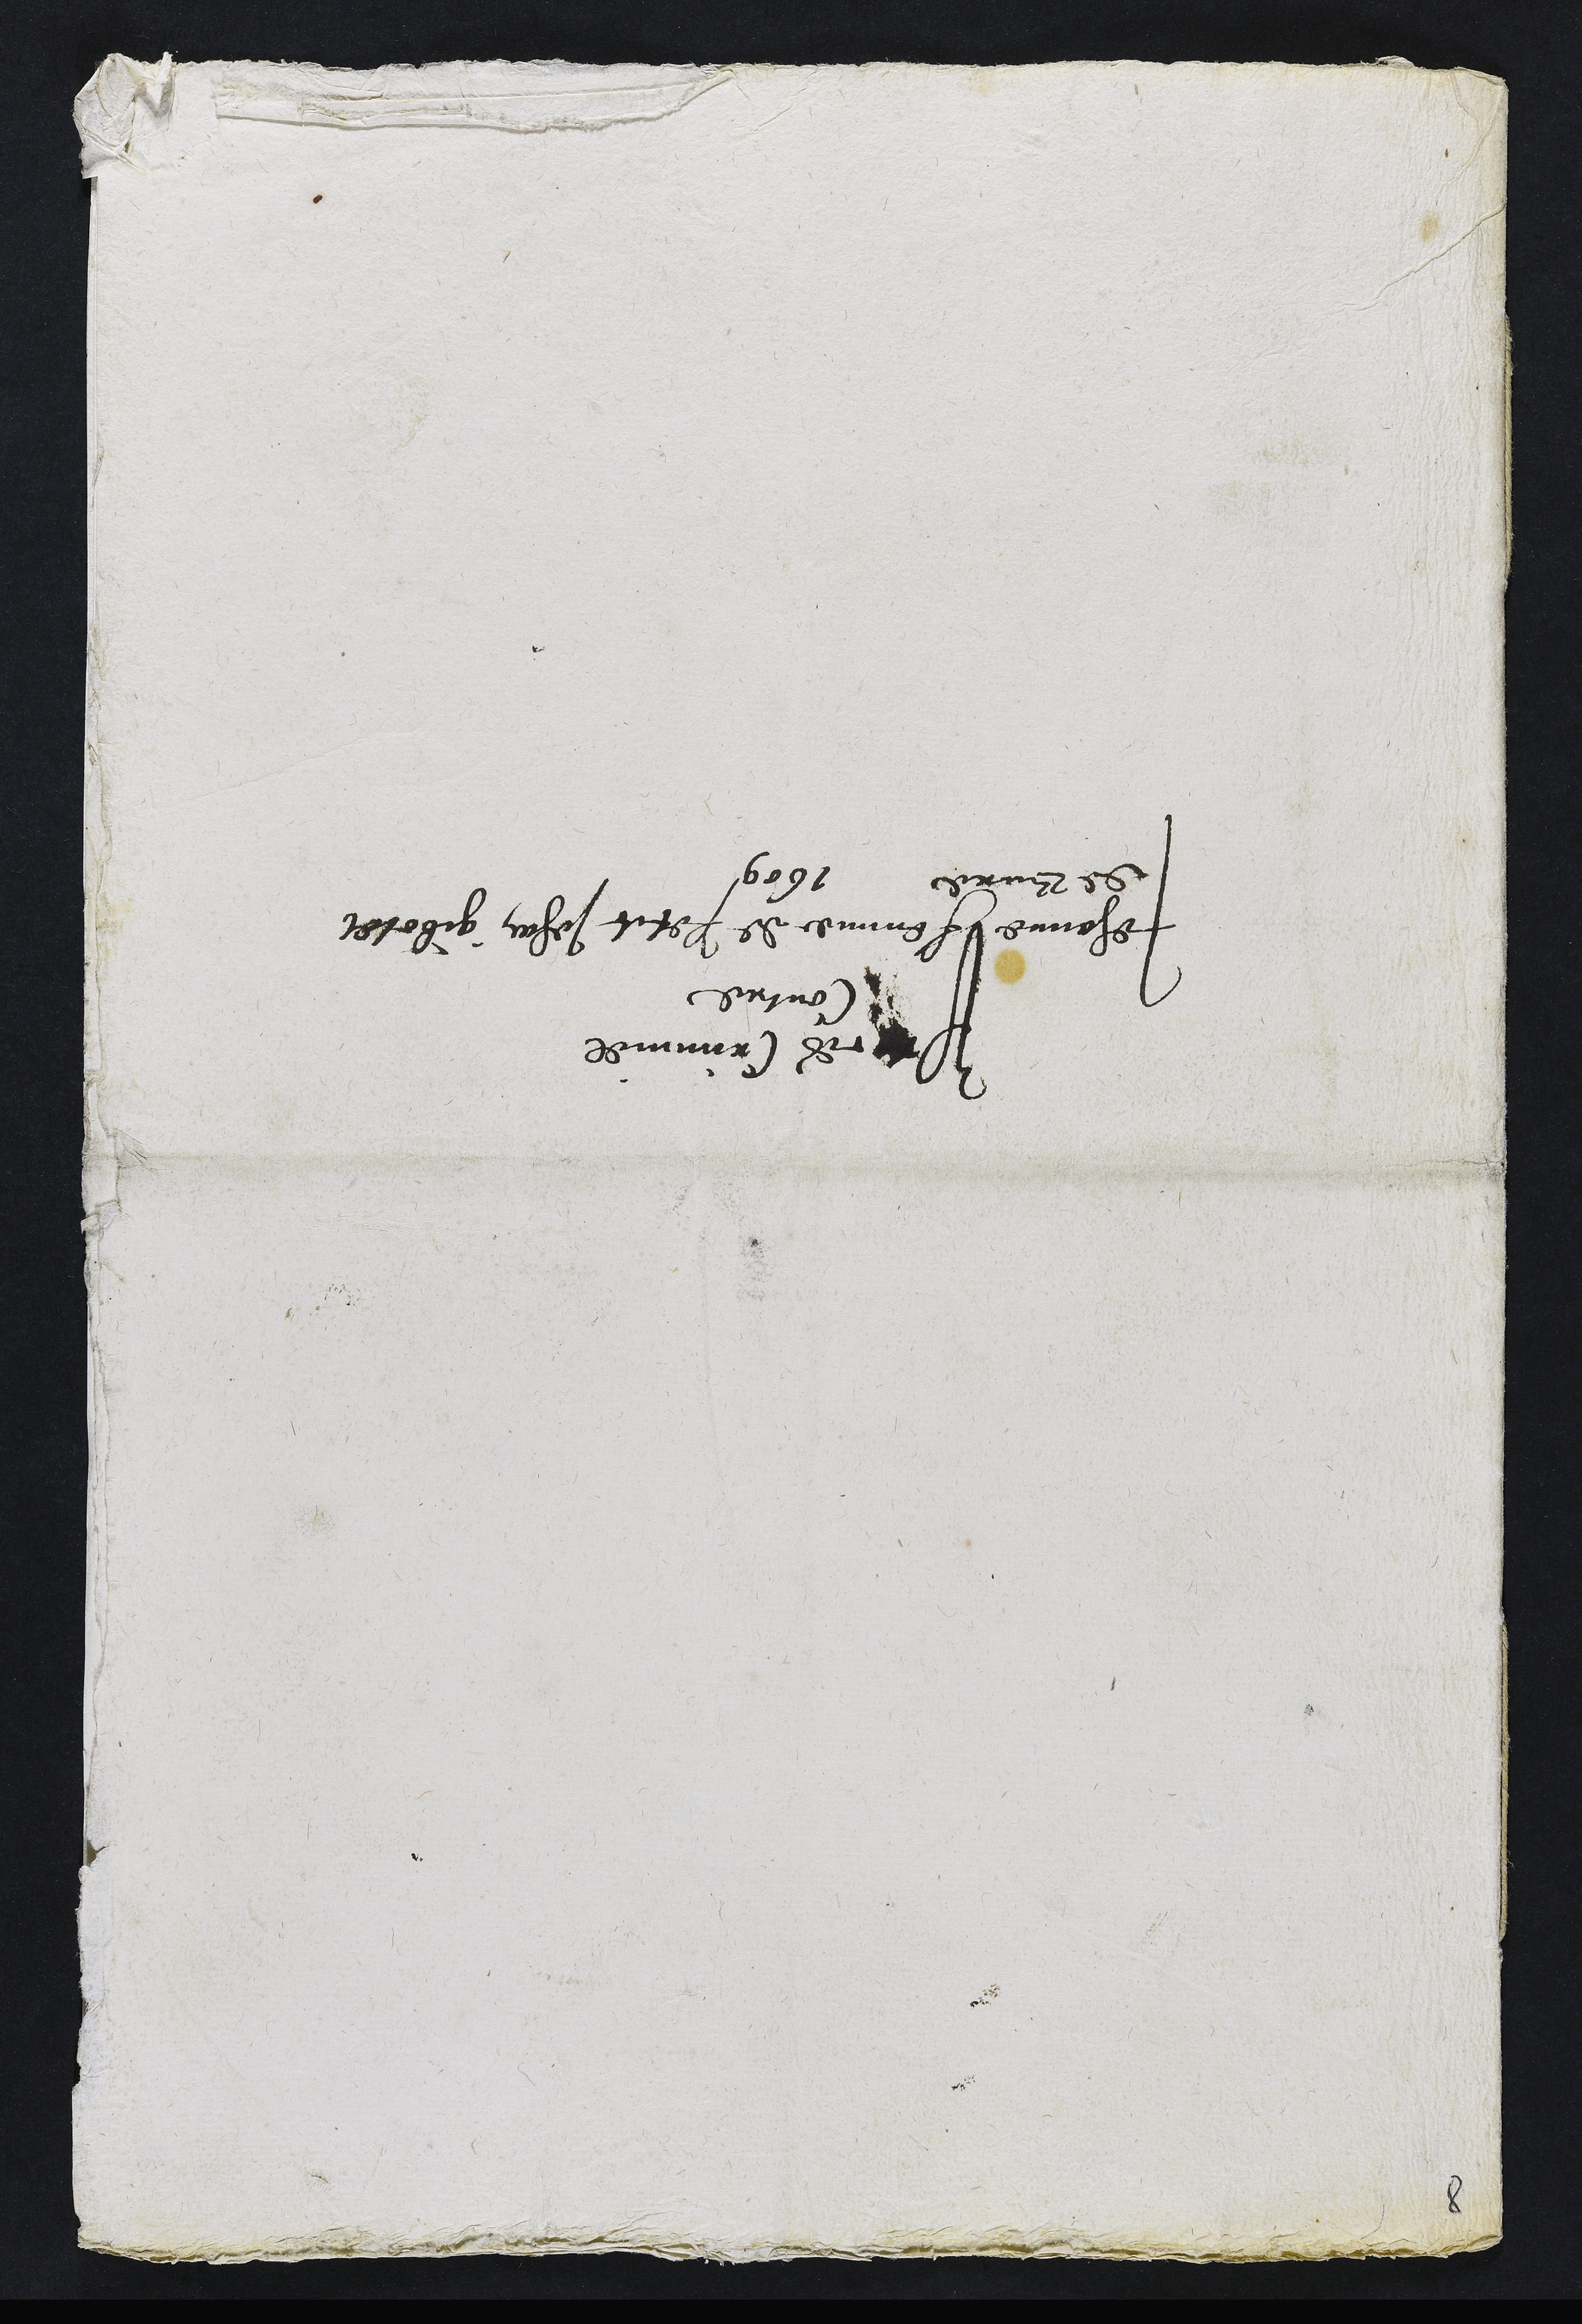
Proces Criminel
Contre
Jehanne femme de Petit Jehan gonpéet
de Bure 1609